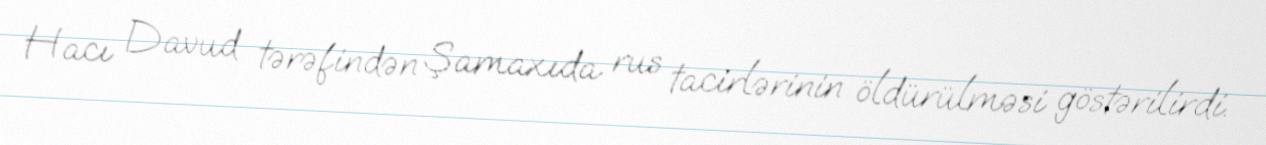
Hacı Davud tərəfindən Şamaxıda rus tacirlərinin öldürülməsi göstərilirdi.